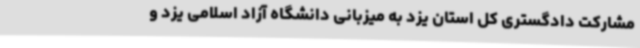
مشارکت دادگستری کل استان یزد به میزبانی دانشگاه آزاد اسلامی یزد و